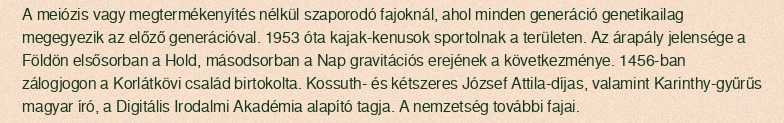
A meiózis vagy megtermékenyítés nélkül szaporodó fajoknál, ahol minden generáció genetikailag megegyezik az előző generációval. 1953 óta kajak-kenusok sportolnak a területen. Az árapály jelensége a Földön elsősorban a Hold, másodsorban a Nap gravitációs erejének a következménye. 1456-ban zálogjogon a Korlátkövi család birtokolta. Kossuth- és kétszeres József Attila-díjas, valamint Karinthy-gyűrűs magyar író, a Digitális Irodalmi Akadémia alapító tagja. A nemzetség további fajai.